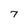
Character: 7